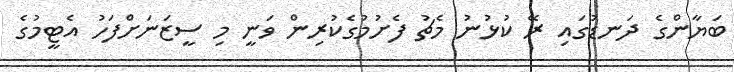
ބަޔާންގެ ދަނޑުގައި ރޭ ކުޅުނު މެޗު ފެށުމުގެކުރިން ވަނީ މި ސީޒަނަށްފަހު އެޓީމުގެ